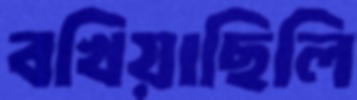
বখিয়াছিলি